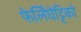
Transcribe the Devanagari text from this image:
फेर्लिंघेट्टिको